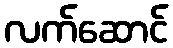
လက်ဆောင်